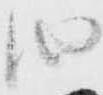
由